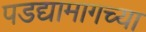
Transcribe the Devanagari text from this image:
पडद्यामागच्या